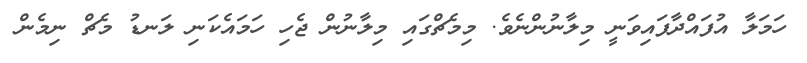
ހަމަލާ އުފައްދާފައިވަނީ މިލާނުންނެވެ. މިމެޗްގައި މިލާނުން ޖެހި ހަމައެކަނި ލަނޑު މެޗް ނިމެން